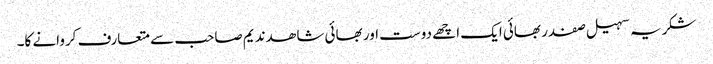
شکریہ سہیل صفدر بھائی ایک اچھے دوست اور بھائی شاھد ندیم صاحب سے متعارف کروانے کا۔